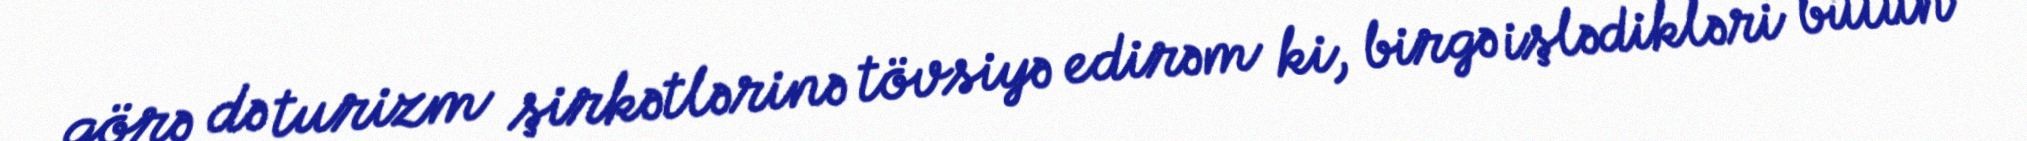
görə də turizm şirkətlərinə tövsiyə edirəm ki, birgə işlədikləri bütün